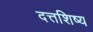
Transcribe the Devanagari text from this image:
दत्तशिष्य